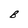
Character: B